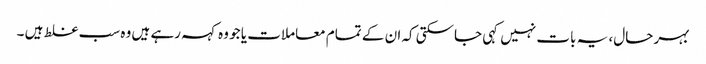
بہر حال، یہ بات نہیں کہی جاسکتی کہ ان کے تمام معاملات یا جو وہ کہہ رہے ہیں وہ سب غلط ہیں ۔